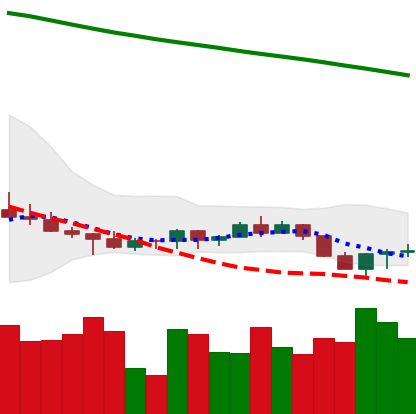
Ticker: ADA-USD
Chart end date: 2022-07-15
Forward return: 10.981%
Label: up_7plus